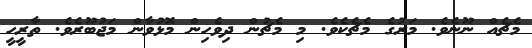
މެޗެއް ނޫނެވެ. މަރުގެ މެޗެކެވެ. މި މެޗުން ދިވެހިން މޮޅުވާން މަޖުބޫރެވެ. ތާރީހީ